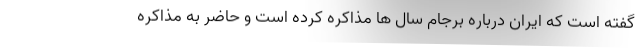
گفته است که ایران درباره برجام سال ها مذاکره کرده است و حاضر به مذاکره